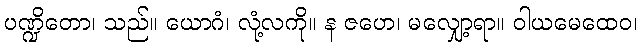
ပဏ္ဍိတော၊ သည်။ ယောဂံ၊ လုံ့လကို။ န ဇဟေ၊ မလျှော့ရာ။ ဝါယမေထေဝ၊